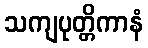
သကျပုတ္တိကာနံ